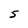
Character: 5